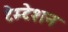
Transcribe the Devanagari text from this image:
टेम्टेशन